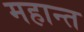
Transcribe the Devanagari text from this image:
महान्त